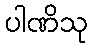
ပါဏိသု